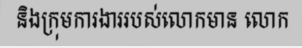
និងក្រុមការងាររបស់លោកមាន លោក